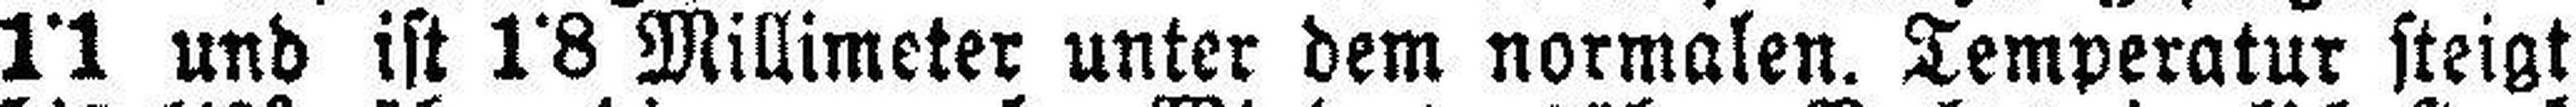
1•1 und ist 1•8 Millimeter unter dem normalen. Temperatur steigt